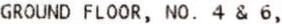
GROUND FLOOR, NO. 4 & 6,